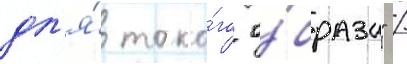
дл'я́ тако́го о́браза" /